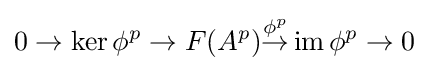
0\to \operatorname {ker} \phi ^{p}\to F(A^{p}){\overset {\phi ^{p}}{\to }}\operatorname {im} \phi ^{p}\to 0